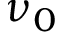
\nu _ { 0 }